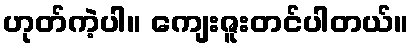
ဟုတ်ကဲ့ပါ။ ကျေးဇူးတင်ပါတယ်။